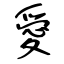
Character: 愛